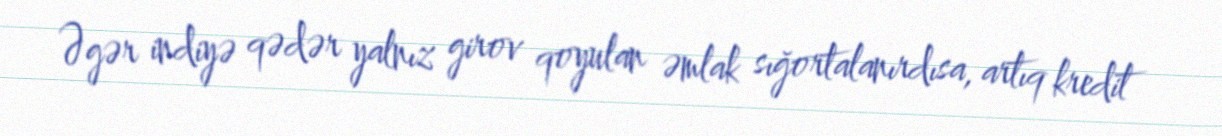
Əgər indiyə qədər yalnız girov qoyulan əmlak sığortalanırdısa, artıq kredit